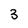
Character: 3